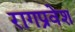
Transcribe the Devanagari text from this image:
रागप्रवेश